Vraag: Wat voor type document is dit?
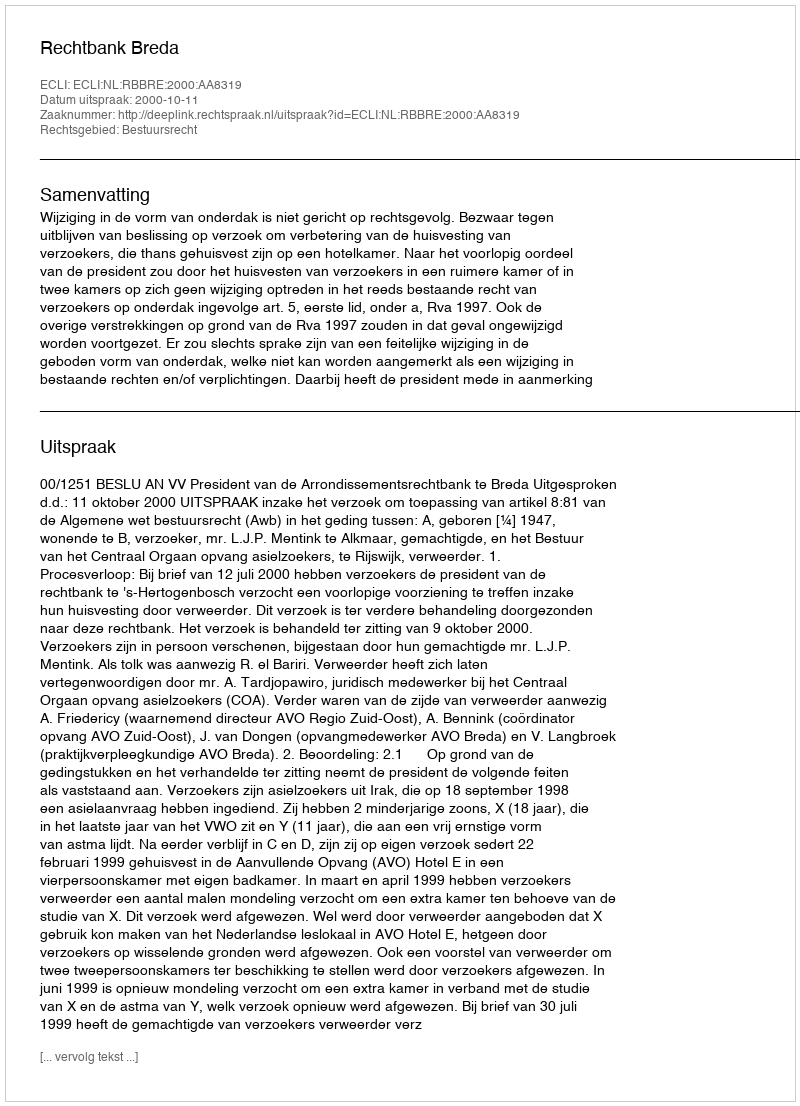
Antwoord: Uitspraak